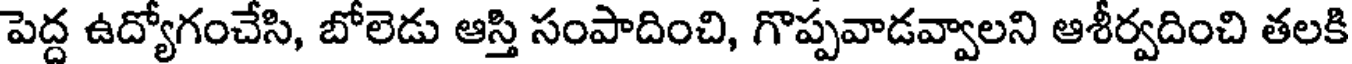
పెద్ద ఉద్యోగంచేసి, బోలెడు ఆస్తి సంపాదించి, గొప్పవాడవ్వాలని ఆశీర్వదించి తలకి